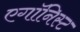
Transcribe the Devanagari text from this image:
एगॉनिस्ट